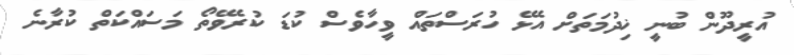
އުރީދޫން ބުނީ ޚިދުމަތަށް އެޅޭ ހުރަސްތައް ވީހާވެސް ކުޑަ ކުރެވޭތޯ މަސައްކަތް ކުރާނެ